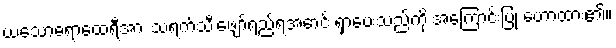
ယသောဓရာထေရီအား သရက်သီးဖျော်ရည်ရအောင် ရှာပေးသည်ကို အကြောင်းပြု ဟောထား၏။